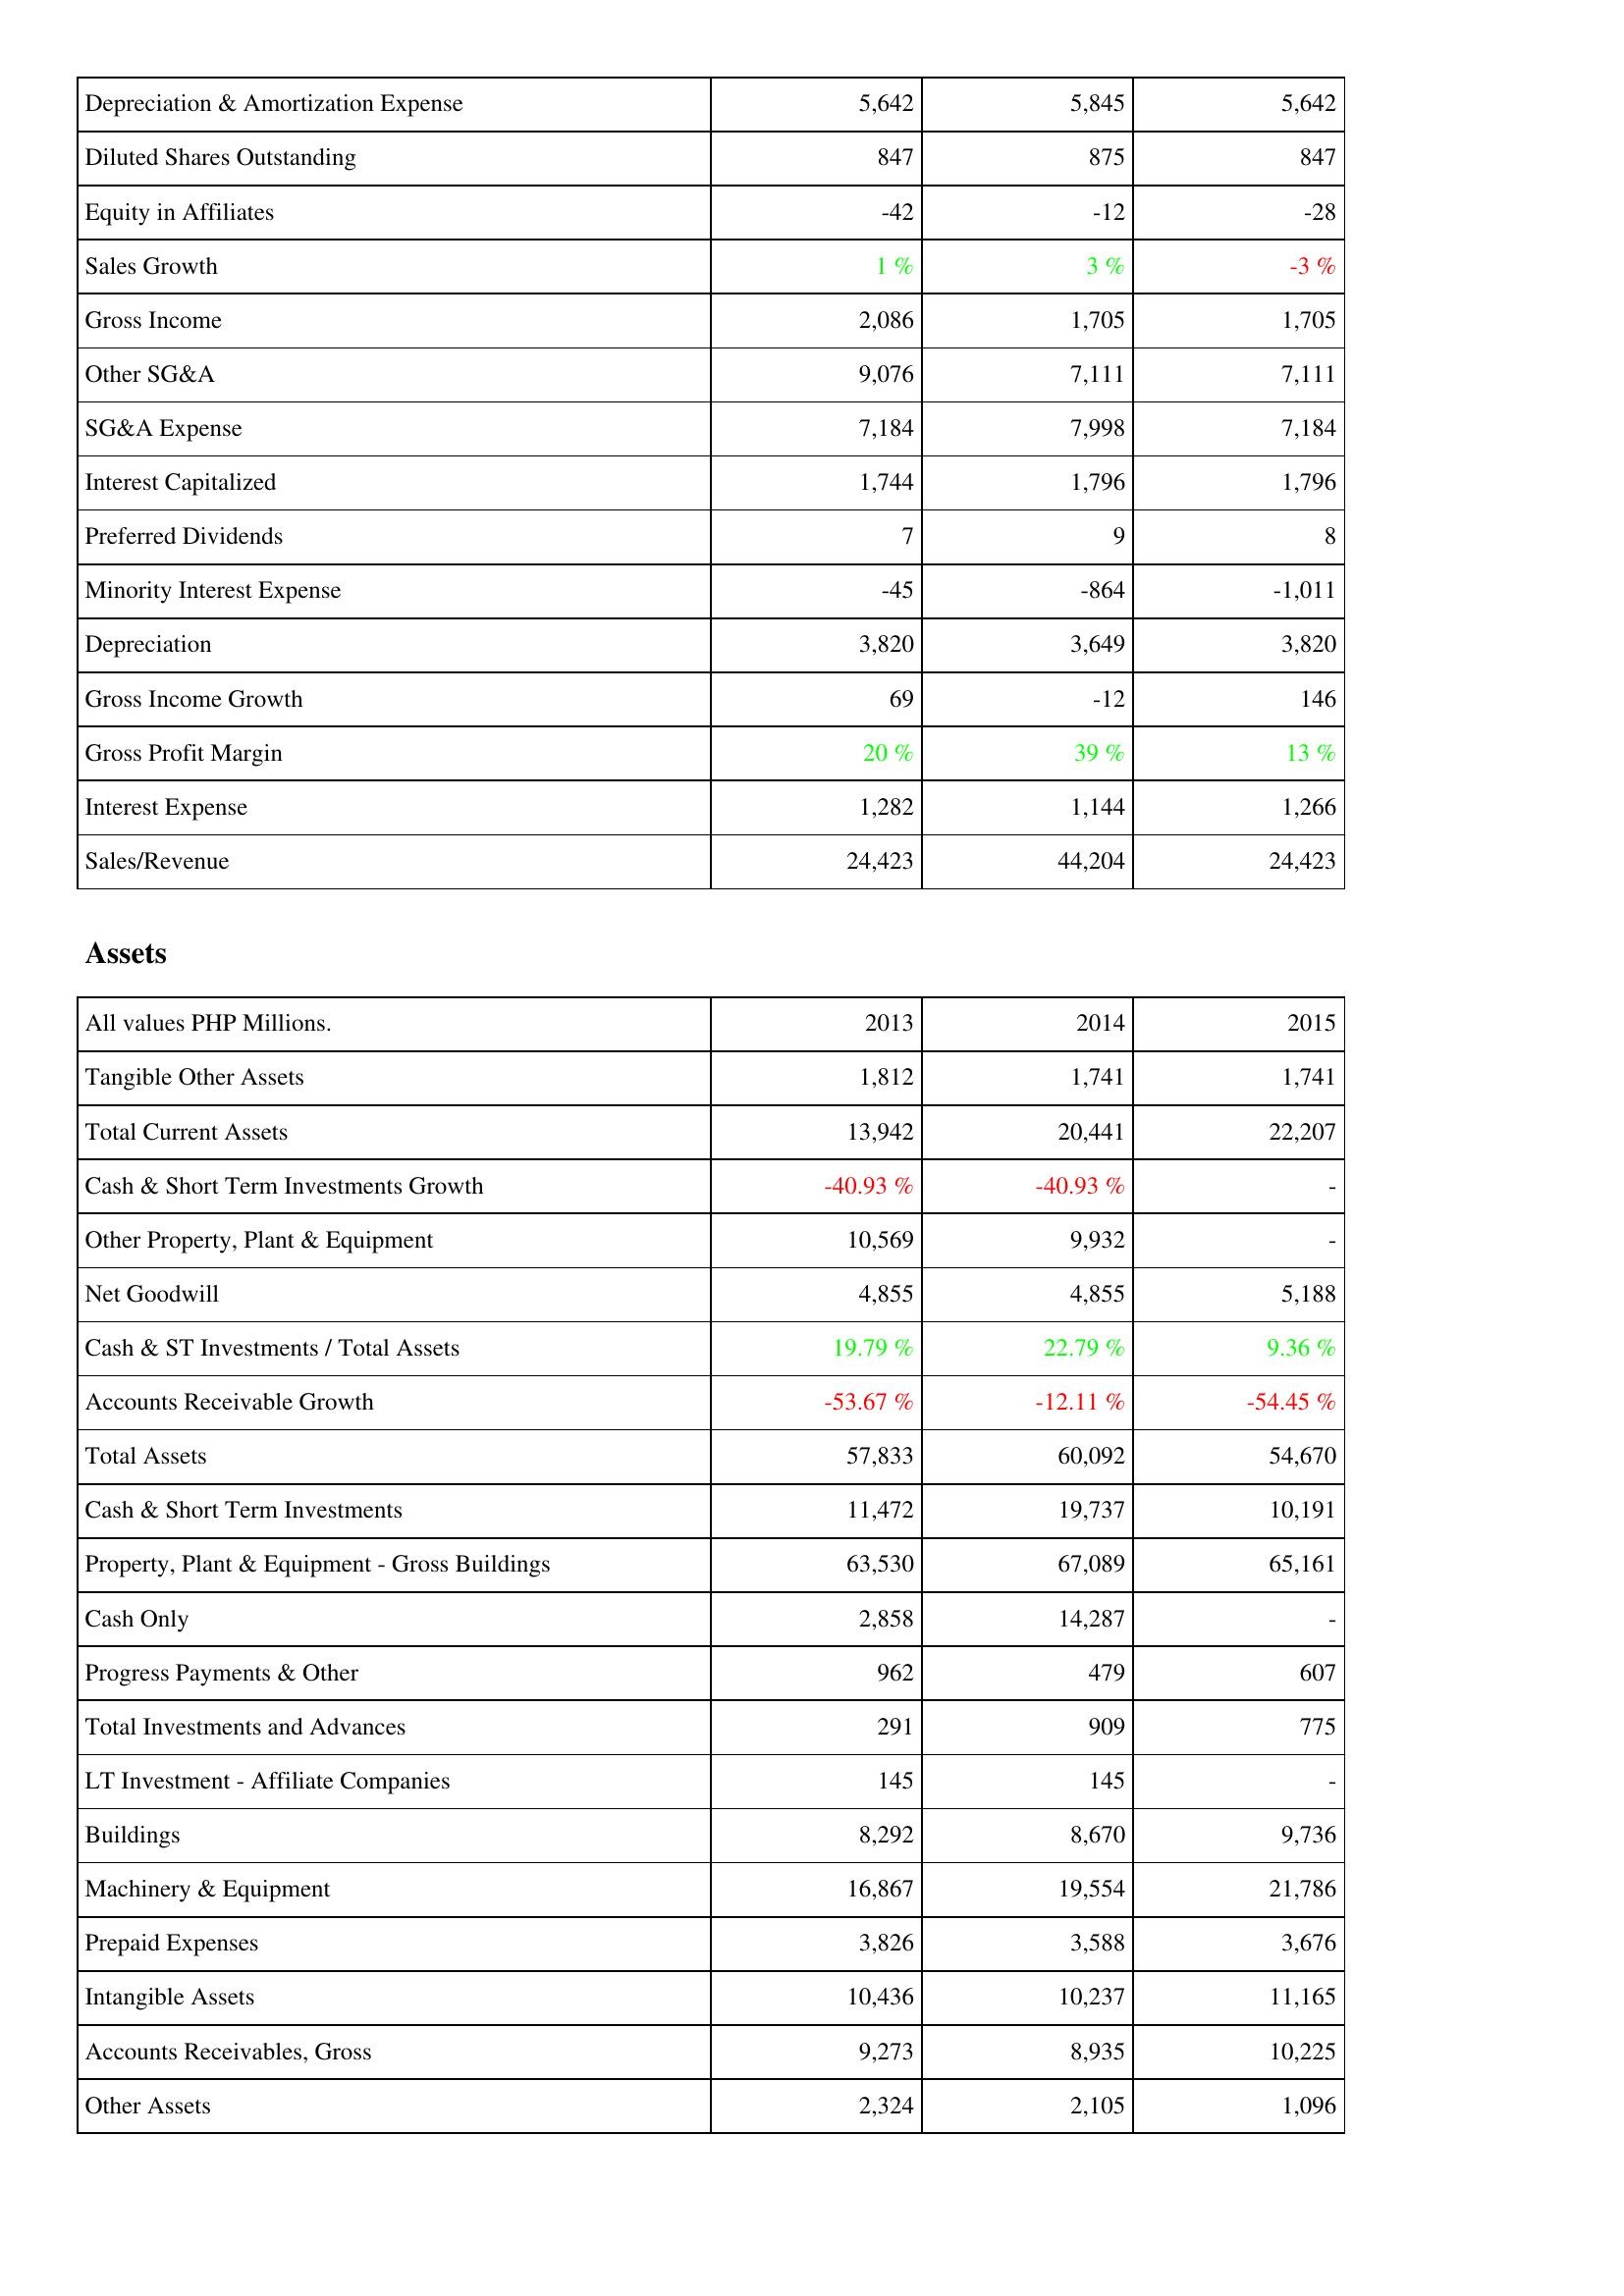
2013: Income Statement: Depreciation & Amortization Expense: 5,642
Diluted Shares Outstanding: 847
Equity in Affiliates: -42
Sales Growth: 1 %
Gross Income: 2,086
Other SG&A: 9,076
SG&A Expense: 7,184
Interest Capitalized: 1,744
Preferred Dividends: 7
Minority Interest Expense: -45
Depreciation: 3,820
Gross Income Growth: 69
Gross Profit Margin: 20 %
Interest Expense: 1,282
Sales/Revenue: 24,423
Assets: Tangible Other Assets: 1,812
Total Current Assets: 13,942
Cash & Short Term Investments Growth: -40.93 %
Other Property, Plant & Equipment: 10,569
Net Goodwill: 4,855
Cash & ST Investments / Total Assets: 19.79 %
Accounts Receivable Growth: -53.67 %
Total Assets: 57,833
Cash & Short Term Investments: 11,472
Property, Plant & Equipment - Gross Buildings: 63,530
Cash Only: 2,858
Progress Payments & Other: 962
Total Investments and Advances: 291
LT Investment - Affiliate Companies: 145
Buildings: 8,292
Machinery & Equipment: 16,867
Prepaid Expenses: 3,826
Intangible Assets: 10,436
Accounts Receivables, Gross: 9,273
Other Assets: 2,324
2014: Income Statement: Depreciation & Amortization Expense: 5,845
Diluted Shares Outstanding: 875
Equity in Affiliates: -12
Sales Growth: 3 %
Gross Income: 1,705
Other SG&A: 7,111
SG&A Expense: 7,998
Interest Capitalized: 1,796
Preferred Dividends: 9
Minority Interest Expense: -864
Depreciation: 3,649
Gross Income Growth: -12
Gross Profit Margin: 39 %
Interest Expense: 1,144
Sales/Revenue: 44,204
Assets: Tangible Other Assets: 1,741
Total Current Assets: 20,441
Cash & Short Term Investments Growth: -40.93 %
Other Property, Plant & Equipment: 9,932
Net Goodwill: 4,855
Cash & ST Investments / Total Assets: 22.79 %
Accounts Receivable Growth: -12.11 %
Total Assets: 60,092
Cash & Short Term Investments: 19,737
Property, Plant & Equipment - Gross Buildings: 67,089
Cash Only: 14,287
Progress Payments & Other: 479
Total Investments and Advances: 909
LT Investment - Affiliate Companies: 145
Buildings: 8,670
Machinery & Equipment: 19,554
Prepaid Expenses: 3,588
Intangible Assets: 10,237
Accounts Receivables, Gross: 8,935
Other Assets: 2,105
2015: Income Statement: Depreciation & Amortization Expense: 5,642
Diluted Shares Outstanding: 847
Equity in Affiliates: -28
Sales Growth: -3 %
Gross Income: 1,705
Other SG&A: 7,111
SG&A Expense: 7,184
Interest Capitalized: 1,796
Preferred Dividends: 8
Minority Interest Expense: -1,011
Depreciation: 3,820
Gross Income Growth: 146
Gross Profit Margin: 13 %
Interest Expense: 1,266
Sales/Revenue: 24,423
Assets: Tangible Other Assets: 1,741
Total Current Assets: 22,207
Cash & Short Term Investments Growth: -
Other Property, Plant & Equipment: -
Net Goodwill: 5,188
Cash & ST Investments / Total Assets: 9.36 %
Accounts Receivable Growth: -54.45 %
Total Assets: 54,670
Cash & Short Term Investments: 10,191
Property, Plant & Equipment - Gross Buildings: 65,161
Cash Only: -
Progress Payments & Other: 607
Total Investments and Advances: 775
LT Investment - Affiliate Companies: -
Buildings: 9,736
Machinery & Equipment: 21,786
Prepaid Expenses: 3,676
Intangible Assets: 11,165
Accounts Receivables, Gross: 10,225
Other Assets: 1,096